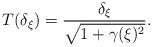
LaTeX: \begin{align*} T(\delta_\xi)= \frac{\delta_\xi}{\sqrt{1+\gamma(\xi)^2}}.\end{align*}